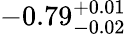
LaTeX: -0.79_{-0.02}^{+0.01}